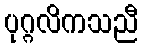
ပုဂ္ဂလိကသညီ